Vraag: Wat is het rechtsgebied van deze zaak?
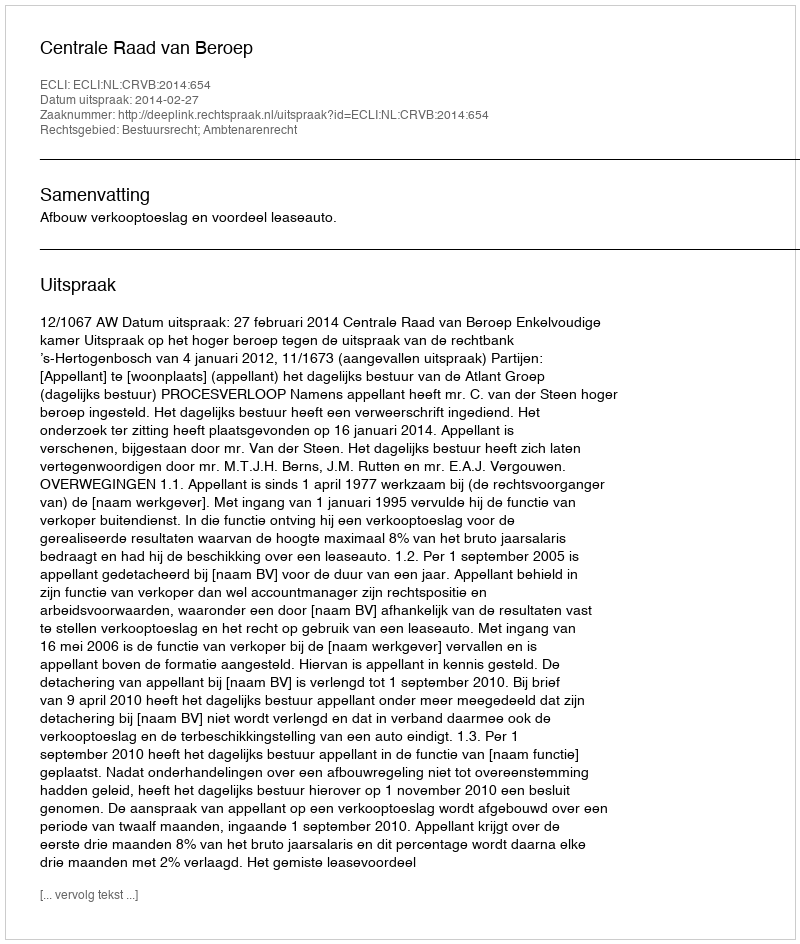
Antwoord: Bestuursrecht; Ambtenarenrecht